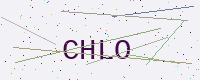
Text: CHLO